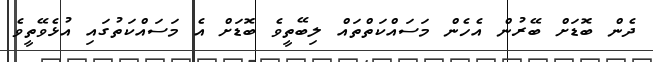
ދެން ބޮޑަށް ބޭރުން އެހެން މަސައްކަތްތައް ލިބޭތީވެ ބޮޑަށް އެ މަސައްކަތުގައި އުޅެވޭތީވެ